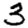
Digit: 3